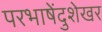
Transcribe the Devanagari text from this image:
परभाषेंदुशेखर